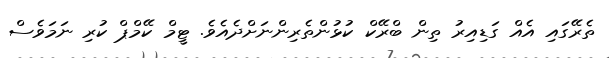
ތެރޭގައި އެއް ގަޑިއިރު ތިން ބްރޭކް ކުޅުންތެރިންނަށްދެއެވެ. ޓީމް ކޭމްޕް ކުރި ނަމަވެސް